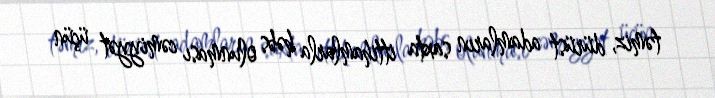
təmiz, dürüst adamların saxta ittihamlarla həbs olunması cəmiyyət üçün